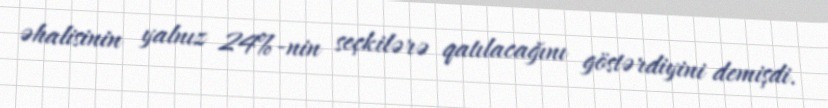
əhalisinin yalnız 24%-nin seçkilərə qatılacağını göstərdiyini demişdi.